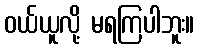
ဝယ်ယူလို့ မရကြပါဘူး။